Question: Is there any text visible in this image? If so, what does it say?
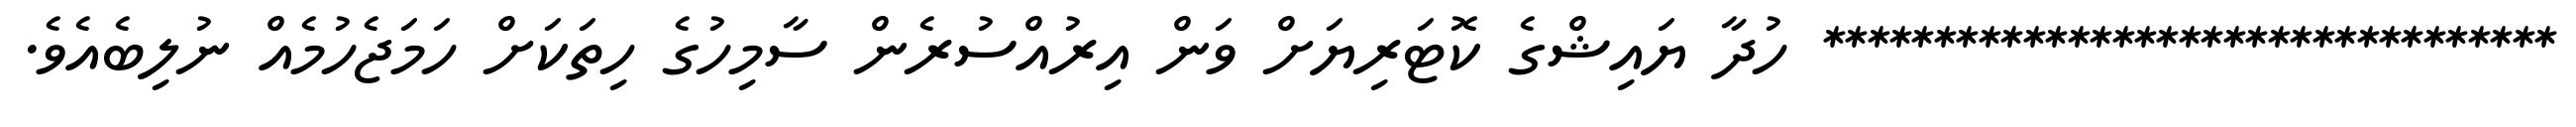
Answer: ********************************* ހުދާ ޔައިޝްގެ ކޮޓަރިޔަށް ވަން އިރުއްސުރެން ސާމިހުގެ ހިތަކަށް ހަމަޖެހުމެއް ނުލިބެއެވެ.